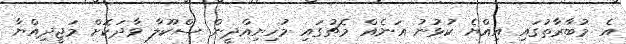
އެ މުބާރާތުގައި އިއްޔެ ކުޅުނު އަނެއް މެޗުގައި މުހިޔިއްދީން ސްކޫލާ ވާދަކޮށް މަޖީދިއްޔާ